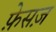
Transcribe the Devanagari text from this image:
फ़ेसज़